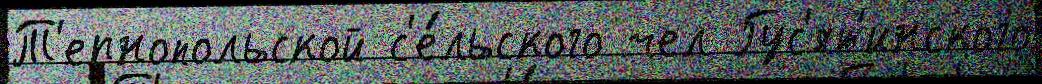
Т'ернопольской с'е́льского чел Гус'ят'инского